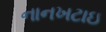
નાનખટાઇ